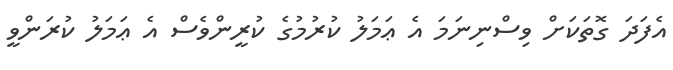
އެފަދަ ގޮތަކަށް ވިސްނިނަމަ އެ ޢަމަލު ކުރުމުގެ ކުރީންވެސް އެ ޢަމަލު ކުރަންވީ